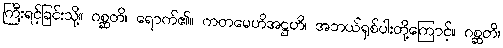
ကြီးရင့်ခြင်းသို့။ ဂစ္ဆတိ၊ ရောက်၏။ ကတမေဟိအဋ္ဌဟိ၊ အဘယ်ရှစ်ပါးတို့ကြောင့်။ ဂစ္ဆတိ၊